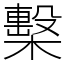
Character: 檕